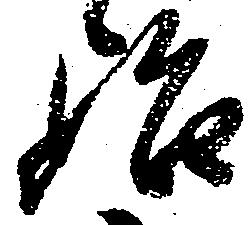
始